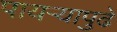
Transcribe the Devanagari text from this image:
पायऱ्यापुढे